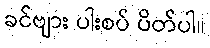
ခင်ဗျား ပါးစပ် ပိတ်ပါ။